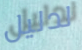
لدليل